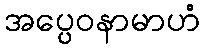
အပ္ပေဝနာမာဟံ